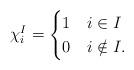
LaTeX: \begin{align*}\chi^I_i=\begin{cases} 1 & i\in I \\0 & i\notin I.\end{cases}\end{align*}